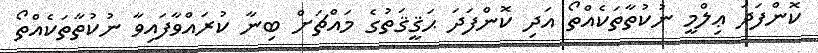
ކޮންފަދަ ޢިލްމީ ނުކުތާތަކެއްތޯ އަދި ކޮންފަދަ ޙަޤީޤަތުގެ މައްޗަށް ބިނާ ކުރައްވާފައިވާ ނުކުތާތަކެއްތޯ